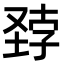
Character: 𪣽